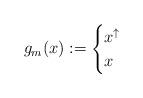
LaTeX: \begin{align*}g_m(x) := \begin{cases} x^{\uparrow} &\\ x &\end{cases}\end{align*}